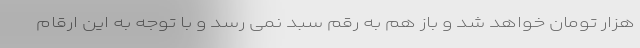
هزار تومان خواهد شد و باز هم به رقم سبد نمی رسد و با توجه به این ارقام